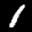
Label: 1